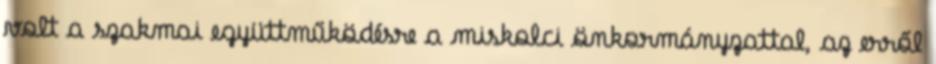
volt a szakmai együttműködésre a miskolci önkormányzattal, az erről